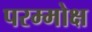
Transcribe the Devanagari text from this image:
परम्मोक्ष